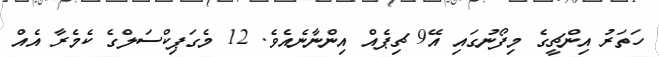
ހަތަރު އިންޗީގެ މިފޯނުގައި އޭ9 ޗިޕެއް އިންނާނެއެވެ. 12 މެގަޕިކްސަލްގެ ކެމެރާ އެއް